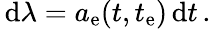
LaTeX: \begin{array}{r}{\, \mathrm{d}\lambda=a_{\mathrm{e}}(t,t_{\mathrm{e}})\, \mathrm{d}t\, .}\end{array}